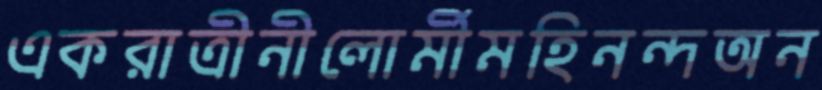
একরাত্রীনীলোর্মীমহিনন্দঅন